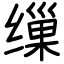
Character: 缫